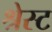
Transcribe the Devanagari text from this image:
श्रेस्ट